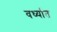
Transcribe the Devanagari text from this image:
वर्ध्यात